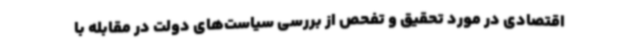
اقتصادی در مورد تحقیق و تفحص از بررسی سیاست‌های دولت در مقابله با